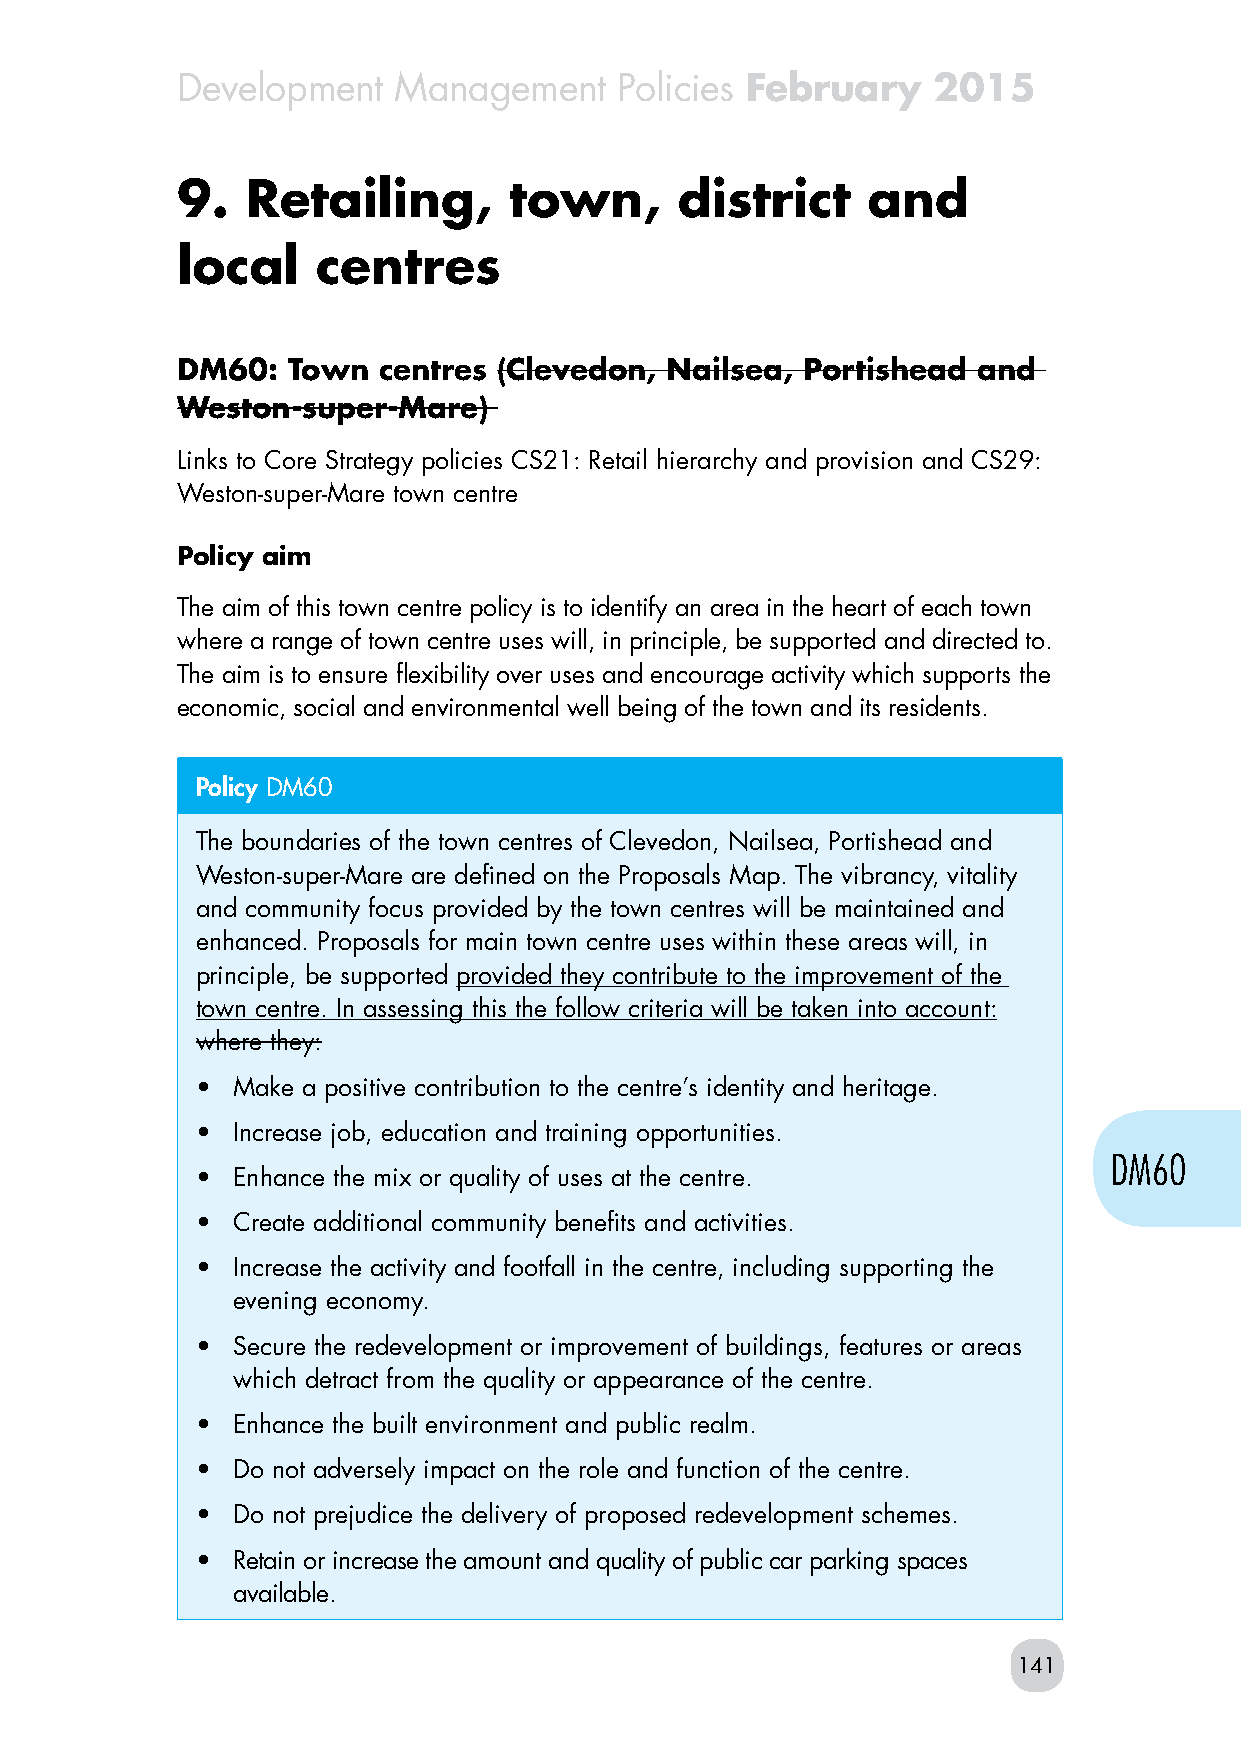
Development   Management     Policies February    2015
 9.  Retailing,        town,      district    and
 local    centres
 DM60:  Town  centres (Clevedon, Nailsea, Portishead  and
 Weston-super-Mare)
 Links to Core Strategy policies CS21: Retail hierarchy and provision and CS29:
 Weston-super-Mare town centre
 Policy aim
 The aim of this town centre policy is to identify an area in the heart of each town
 where a range of town centre uses will, in principle, be supported and directed to.
 The aim is to ensure flexibility over uses and encourage activity which supports the
 economic, social and environmental well being of the town and its residents.
 Policy DM60
 The boundaries of the town centres of Clevedon, Nailsea, Portishead and
 Weston-super-Mare are defined on the Proposals Map. The vibrancy, vitality
 and community focus provided by the town centres will be maintained and
 enhanced. Proposals for main town centre uses within these areas will, in
 principle, be supported provided they contribute to the improvement of the
 town centre. In assessing this the follow criteria will be taken into account:
 where they:
 • Make a positive contribution to the centre’s identity and heritage.
 • Increase job, education and training opportunities.
 DM60
 • Enhance the mix or quality of uses at the centre.
 • Create additional community benefits and activities.
 • Increase the activity and footfall in the centre, including supporting the
 evening economy.
 • Secure the redevelopment or improvement of buildings, features or areas
 which detract from the quality or appearance of the centre.
 • Enhance the built environment and public realm.
 • Do not adversely impact on the role and function of the centre.
 • Do not prejudice the delivery of proposed redevelopment schemes.
 • Retain or increase the amount and quality of public car parking spaces
 available.
 141